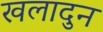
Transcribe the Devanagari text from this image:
खलादुन